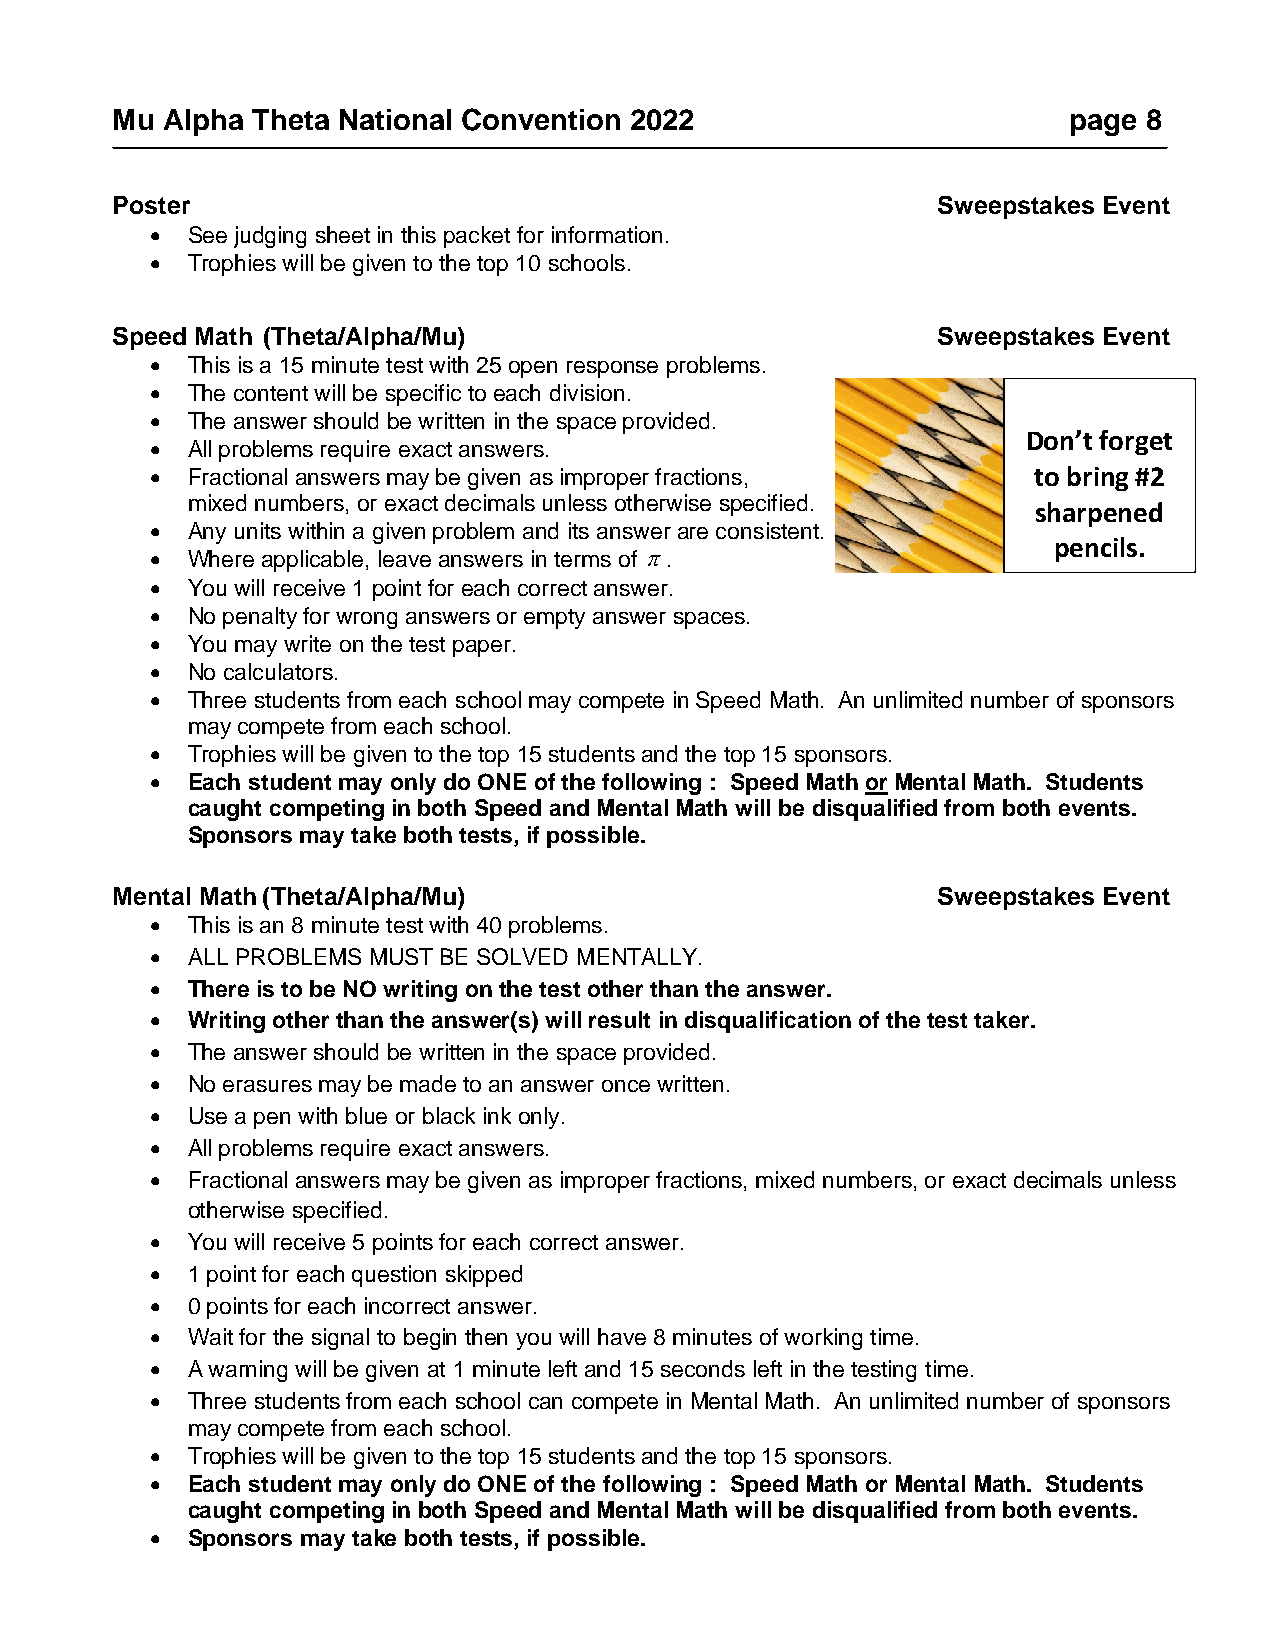
Mu  Alpha Theta National Convention 2022                        page 8
 Poster                                                 Sweepstakes Event
 • See judging sheet in this packet for information.
 • Trophies will be given to the top 10 schools.
 Speed Math (Theta/Alpha/Mu)                            Sweepstakes Event
 • This is a 15 minute test with 25 open response problems.
 • The content will be specific to each division.
 • The answer should be written in the space provided.
 Don’t forget
 • All problems require exact answers.
 • Fractional answers may be given as improper fractions,  to bring #2
 mixed numbers, or exact decimals unless otherwise specified.
 sharpened
 • Any units within a given problem and its answer are consistent.
 pencils.
 • Where applicable, leave answers in terms of π.
 • You will receive 1 point for each correct answer.
 • No penalty for wrong answers or empty answer spaces.
 • You may write on the test paper.
 • No calculators.
 • Three students from each school may compete in Speed Math. An unlimited number of sponsors
 may compete from each school.
 • Trophies will be given to the top 15 students and the top 15 sponsors.
 • Each student may only do ONE of the following : Speed Math or Mental Math. Students
 caught competing in both Speed and Mental Math will be disqualified from both events.
 Sponsors may take both tests, if possible.
 Mental Math (Theta/Alpha/Mu)                           Sweepstakes Event
 • This is an 8 minute test with 40 problems.
 • ALL PROBLEMS MUST BE SOLVED MENTALLY.
 • There is to be NO writing on the test other than the answer.
 • Writing other than the answer(s) will result in disqualification of the test taker.
 • The answer should be written in the space provided.
 • No erasures may be made to an answer once written.
 • Use a pen with blue or black ink only.
 • All problems require exact answers.
 • Fractional answers may be given as improper fractions, mixed numbers, or exact decimals unless
 otherwise specified.
 • You will receive 5 points for each correct answer.
 • 1 point for each question skipped
 • 0 points for each incorrect answer.
 • Wait for the signal to begin then you will have 8 minutes of working time.
 • A warning will be given at 1 minute left and 15 seconds left in the testing time.
 • Three students from each school can compete in Mental Math. An unlimited number of sponsors
 may compete from each school.
 • Trophies will be given to the top 15 students and the top 15 sponsors.
 • Each student may only do ONE of the following : Speed Math or Mental Math. Students
 caught competing in both Speed and Mental Math will be disqualified from both events.
 • Sponsors may take both tests, if possible.